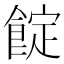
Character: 𩜦